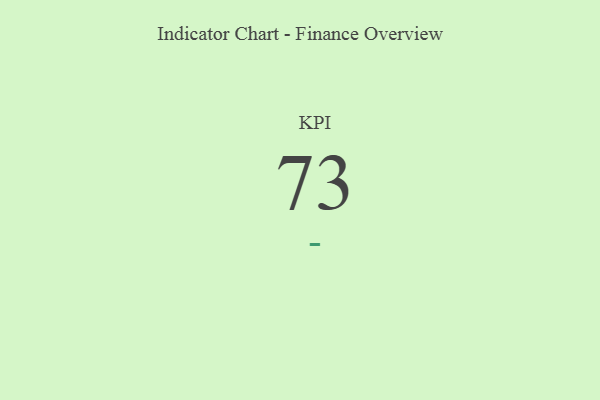
{"axis": {"x": "KPI", "y": "Value"}, "legend": [""], "data": [{"x": "KPI", "y": 73, "type": ""}]}